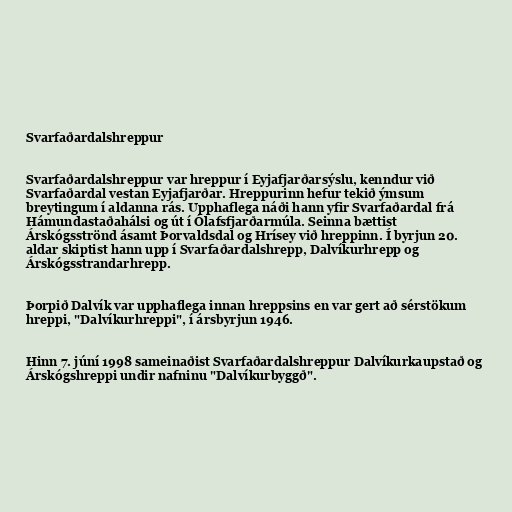
Svarfaðardalshreppur

Svarfaðardalshreppur var hreppur í Eyjafjarðarsýslu, kenndur við
Svarfaðardal vestan Eyjafjarðar. Hreppurinn hefur tekið ýmsum
breytingum í aldanna rás. Upphaflega náði hann yfir Svarfaðardal frá
Hámundastaðahálsi og út í Ólafsfjarðarmúla. Seinna bættist
Árskógsströnd ásamt Þorvaldsdal og Hrísey við hreppinn. Í byrjun 20.
aldar skiptist hann upp í Svarfaðardalshrepp, Dalvíkurhrepp og
Árskógsstrandarhrepp.

Þorpið Dalvík var upphaflega innan hreppsins en var gert að sérstökum
hreppi, "Dalvíkurhreppi", í ársbyrjun 1946.

Hinn 7. júní 1998 sameinaðist Svarfaðardalshreppur Dalvíkurkaupstað og
Árskógshreppi undir nafninu "Dalvíkurbyggð".